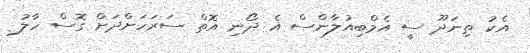
އެކު ތިނަދޫ ސީ އެމްބިއުލާންސް އެ ދޯނި އޮތް ސަރަހަށްދަށް ގޮސް ހާލު